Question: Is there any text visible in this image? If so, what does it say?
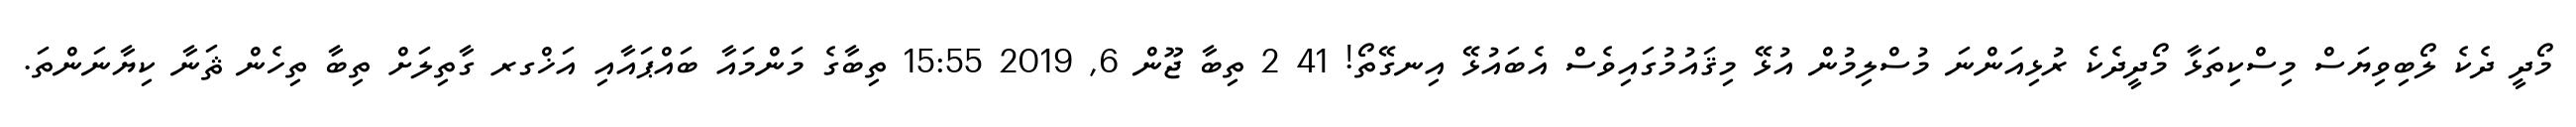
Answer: މޯދީ ދެކެ ލޯބިވިޔަސް މިސްކިތަޅާ މޯދީދެކެ ރުޅިއަންނަ މުސްލިމުން އުޅޭ މިޤައުމުގައިވެސް އެބައުޅޭ އިނގޭތޯ! 41 2 ތިބާ ޖޫން 6, 2019 15:55 ތިބާގެ މަންމައާ ބައްޕައާއި އަޚްގރ ގާތިލަށް ތިބާ ތިހެން ޘަނާ ކިޔާނަންތަ.